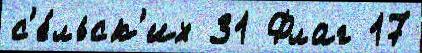
с'е́льск'их 31 Флаг 17